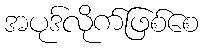
အပုဒ်လိုက်ဖြစ်စေ